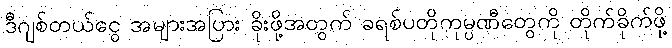
ဒီဂျစ်တယ်ငွေ အများအပြား ခိုးဖို့အတွက် ခရစ်ပတိုကုမ္ပဏီတွေကို တိုက်ခိုက်ဖို့